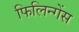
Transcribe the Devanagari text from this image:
फिलिन्गेंस